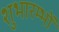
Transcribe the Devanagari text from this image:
शुभारम्भों